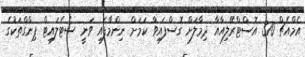
އެމްއެޗް 370 އޮސްޓްރޭލިއާއާ ދިމާލަށް ގޮސްފައިވާ ކަމަށް ނިންމާފައި ވަނީ ސެޓެލައިޓް ޕިންގްތަކުގެ